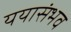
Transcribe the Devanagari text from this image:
ययासंभव